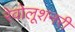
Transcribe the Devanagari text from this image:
रेवोलूशनरी